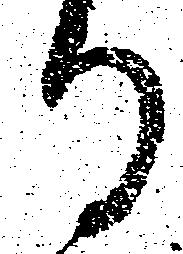
る